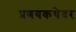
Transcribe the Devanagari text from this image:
प्रणयकथेवर